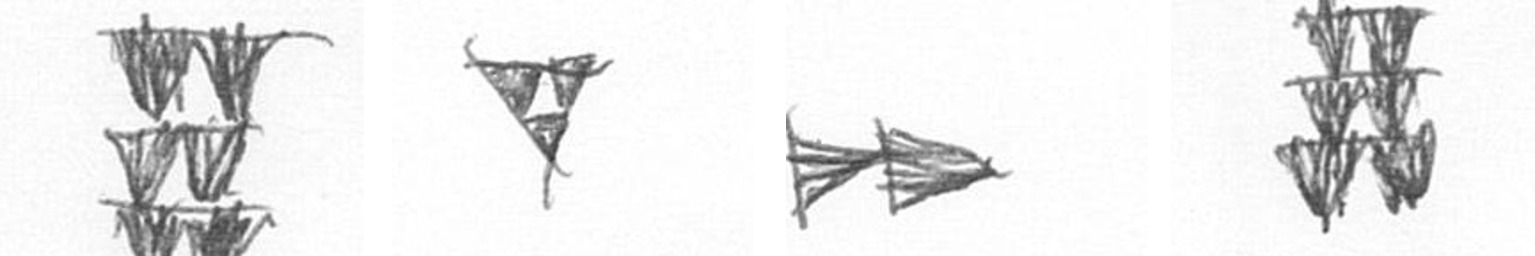
Y S A Y